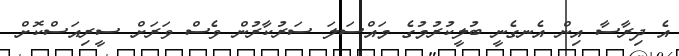
އެ ދިރާސާ އިން އެނގެނީ ބުލީކުރުމުގެ މައްސަލަ ސަރުކާރުން ވެސް ވަރަށް ސީރިއަސްކޮށް